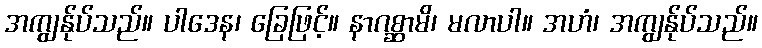
အကျွန်ုပ်သည်။ ပါဒေန၊ ခြေဖြင့်။ နာဂစ္ဆာမိ၊ မလာပါ။ အဟံ၊ အကျွန်ုပ်သည်။